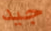
جيد